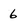
Character: 6